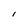
Character: I